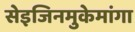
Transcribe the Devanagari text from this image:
सेइजिनमुकेमांगा